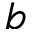
b